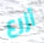
أزرع